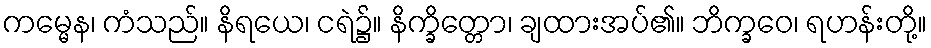
ကမ္မေန၊ ကံသည်။ နိရယေ၊ ငရဲ၌။ နိက္ခိတ္တော၊ ချထားအပ်၏။ ဘိက္ခဝေ၊ ရဟန်းတို့။